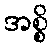
အစ္စိ